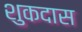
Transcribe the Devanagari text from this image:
शुकदास